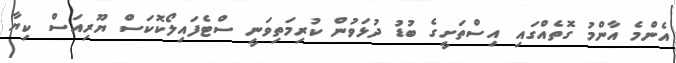
އެންމެ އާންމު ގޮތެއްގައި އިސްތަށީގެ ބުޑު ދުޅަވުން ކުރިމަތިވަނީ ސްޓެފައިލޯކޮކަސް ޔޫރިއަސް ކިޔާ